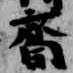
齋